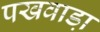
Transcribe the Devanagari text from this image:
पखवाडा़